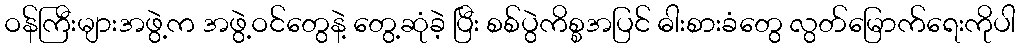
ဝန်ကြီးများအဖွဲ့က အဖွဲ့ဝင်တွေနဲ့ တွေ့ဆုံခဲ့ ပြီး စစ်ပွဲကိစ္စအပြင် ဓါးစားခံတွေ လွတ်မြောက်ရေးကိုပါ